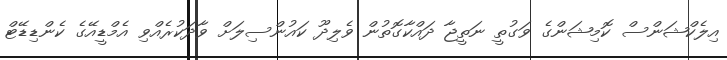
އިލެކްޝަންސް ކޮމިޝަންގެ ވަގުތީ ނަތީޖާ ދައްކާގޮތުން ވެލިދޫ ކައުންސިލަށް ވާދަކުރެއްވި އެމްޑީއޭގެ ކެންޑިޑޭޓް